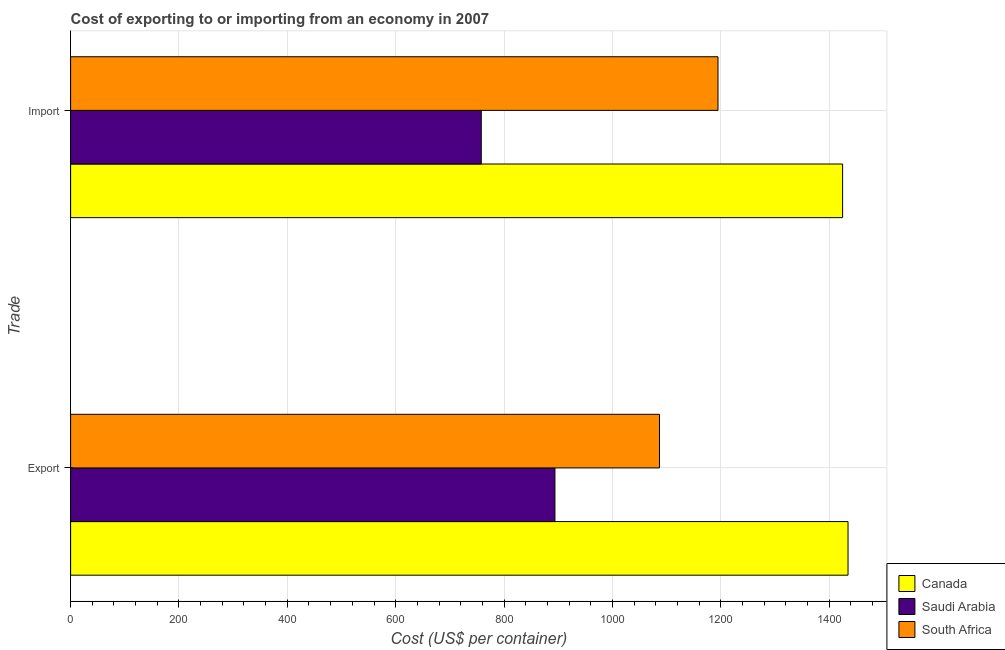
| Trade | Canada | Saudi Arabia | South Africa |
 | --- | --- | --- | --- |
 | Export | 1.44e+03 | 894 | 1.09e+03 |
 | Import | 1.42e+03 | 758 | 1.2e+03 |